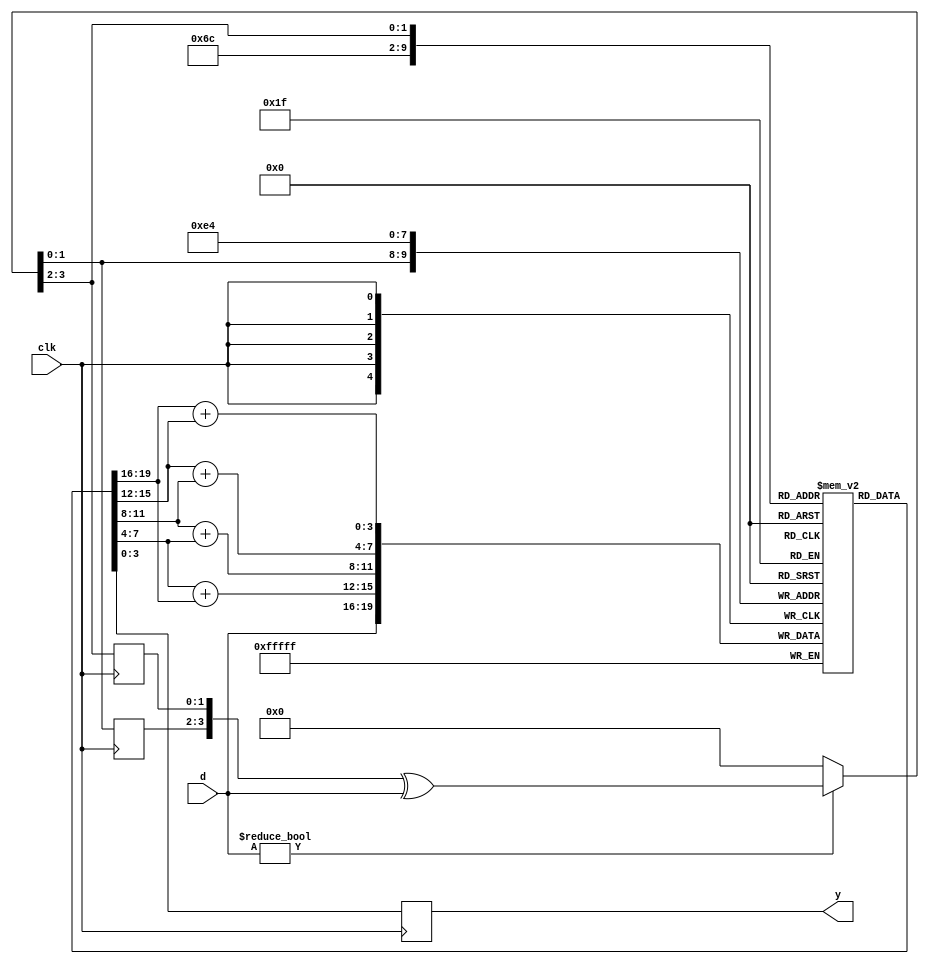
module memdemo(clk, d, y);

input clk;
input [3:0] d;
output reg [3:0] y;

integer i;
reg [1:0] s1, s2;
reg [3:0] mem [0:3];

always @(posedge clk) begin
    for (i = 0; i < 4; i = i+1)
        mem[i] <= mem[(i+1) % 4] + mem[(i+2) % 4];
    { s2, s1 } = d ? { s1, s2 } ^ d : 4'b0;
    mem[s1] <= d;
    y <= mem[s2];
end

endmodule